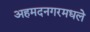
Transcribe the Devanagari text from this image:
अहमदनगरमधले